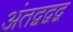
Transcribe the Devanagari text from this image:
अंतद्वद्वद्व